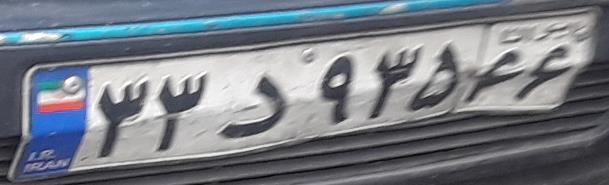
۳۳د۹۳۵۶۶